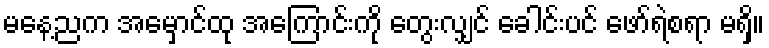
မနေ့ညက အမှောင်ထု အကြောင်းကို တွေးလျှင် ခေါင်းပင် ဖော်ရဲစရာ မရှိ။